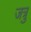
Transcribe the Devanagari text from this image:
जत्रु